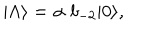
| \Lambda \rangle = \alpha \; b _ { - 2 } | 0 \rangle ,